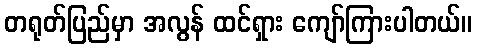
တရုတ်ပြည်မှာ အလွန် ထင်ရှား ကျော်ကြားပါတယ်။